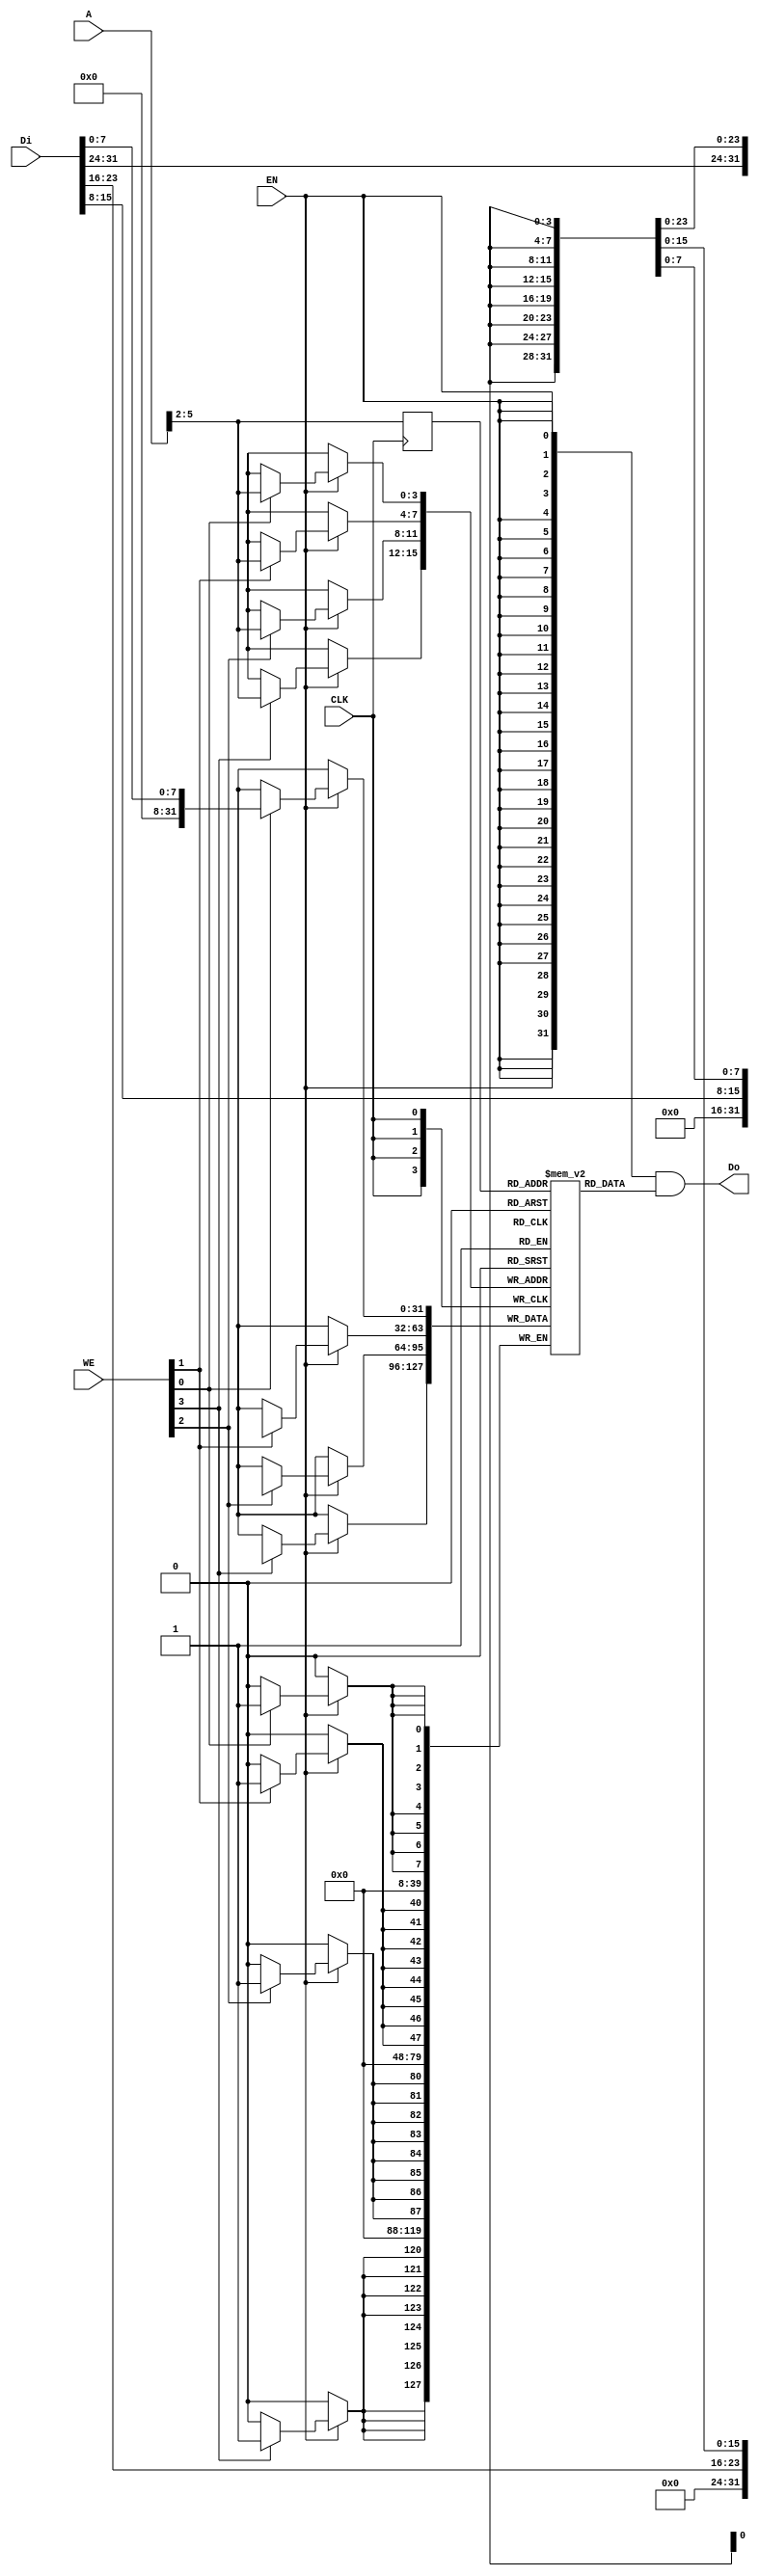
// bram behavior code (can't be synthesis)
// 11 words(32bits)
module bram11
(
    input               CLK,    
    input   [3:0]       WE,     //write enable  
                                //0000: No write, 0001: the LSB 8bits, ... 1111: whole word, 
    input               EN,     //EN: bram enable
    input   [31:0]      Di,     //din
    output  [31:0]      Do,     //dout
    input   [11:0]      A       //bytes address 
                                //12'b0000_00xx_xx00 : xxxx represent the number words of the RAM.
                                //12'b0000_0010_1000 : access 1010(10) words
);

    //  11 words
    reg [31:0] RAM[0:10];
    reg [11:0] r_A;


    // **Do is combinational logic, so you have to use FF to makesure that data won't change before the clk sampleing.
    always @(posedge CLK) begin
        r_A <= A>>2;
    end

    assign Do = {32{EN}} & RAM[r_A];    // read

    // **RAM is driven by clk, so you dont need to use FF on wire A, the clk will ensure RAM gets the right wire A.
    always @(posedge CLK) begin
        if(EN) begin
	        if(WE[0]) RAM[A>>2][7:0] <= Di[7:0];
            if(WE[1]) RAM[A>>2][15:8] <= Di[15:8];
            if(WE[2]) RAM[A>>2][23:16] <= Di[23:16];
            if(WE[3]) RAM[A>>2][31:24] <= Di[31:24];
        end
    end

endmodule